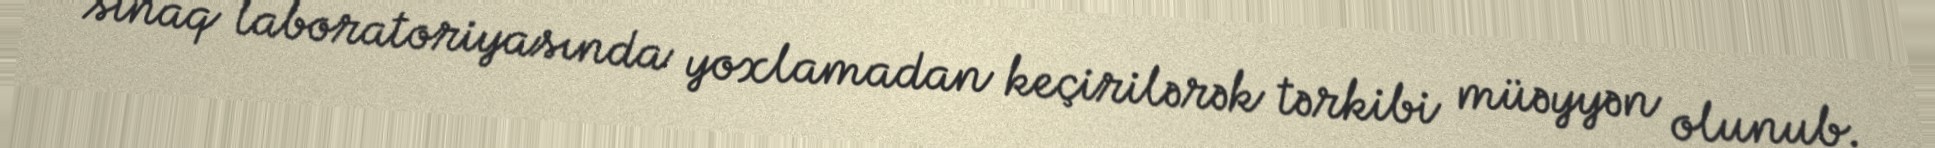
sınaq laboratoriyasında yoxlamadan keçirilərək tərkibi müəyyən olunub.